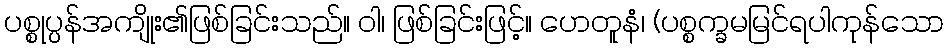
ပစ္စုပ္ပန်အကျိုး၏ဖြစ်ခြင်းသည်။ ဝါ၊ ဖြစ်ခြင်းဖြင့်။ ဟေတူနံ၊ (ပစ္စက္ခမမြင်ရပါကုန်သော